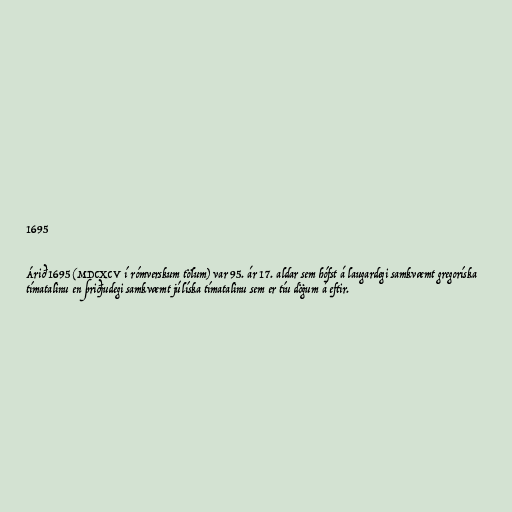
1695

Árið 1695 (MDCXCV í rómverskum tölum) var 95. ár 17. aldar sem hófst á laugardegi samkvæmt gregoríska
tímatalinu en þriðjudegi samkvæmt júlíska tímatalinu sem er tíu dögum á eftir.